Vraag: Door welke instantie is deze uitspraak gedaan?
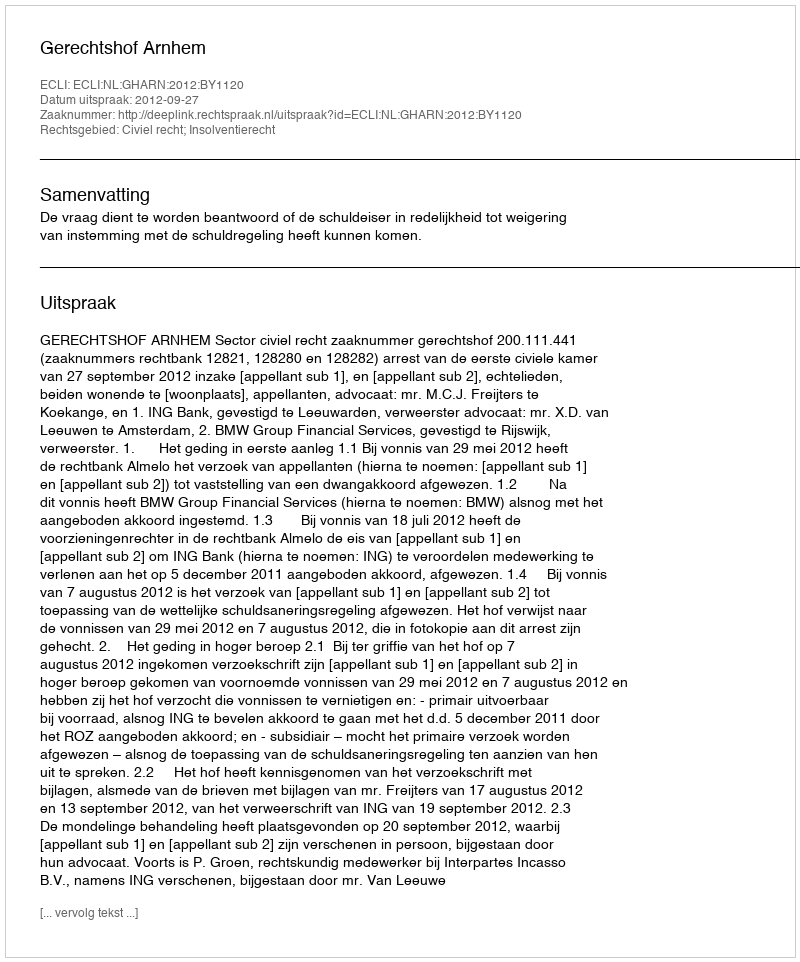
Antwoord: Gerechtshof Arnhem